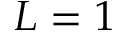
L = 1